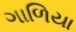
ગાળિયા